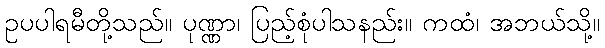
ဥပပါရမီတို့သည်။ ပုဏ္ဏာ၊ ပြည့်စုံပါသနည်း။ ကထံ၊ အဘယ်သို့။